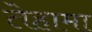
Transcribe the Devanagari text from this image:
तेहामा